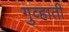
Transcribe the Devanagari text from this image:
गुव्हाती